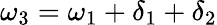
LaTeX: \omega_{3}=\omega_{1}+\delta_{1}+\delta_{2}